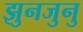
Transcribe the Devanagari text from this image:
झुनजुनु